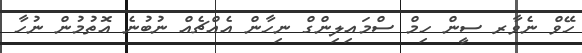
ހޭވް ނެވާރ ސީން ހިމް ސްމައިލިންގް ނިހާން އެއްޗެއް ނުބުނެ އޮތުމުން ނުހާ